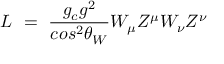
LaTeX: L ~ = ~ \frac { g _ { c } g ^ { 2 } } { c o s ^ { 2 } \theta _ { W } } W _ { \mu } Z ^ { \mu } W _ { \nu } Z ^ { \nu }